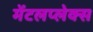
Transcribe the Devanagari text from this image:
मेंटलप्लेक्स